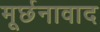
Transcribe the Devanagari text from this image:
मूर्छनावाद